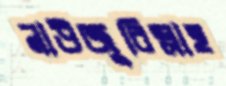
নাউজুবিল্লাহ